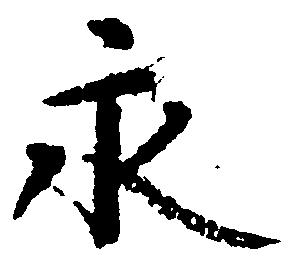
永